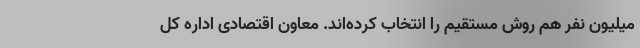
میلیون نفر هم روش مستقیم را انتخاب کرده‌اند. معاون اقتصادی اداره کل